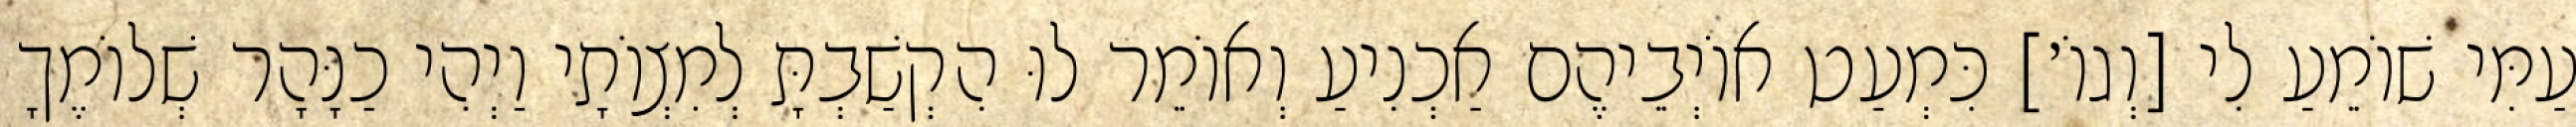
עַמִּי שׁוֹמֵעַ לִי [וְגוֹ׳] כִּמְעַט אוֹיְבֵיהֶם אַכְנִיעַ וְאוֹמֵר לוּ הִקְשַׁבְתָּ לְמִצְוֹתָי וַיְהִי כַנָּהָר שְׁלוֹמֶךָ